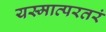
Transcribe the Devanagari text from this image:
यस्मात्परतरं